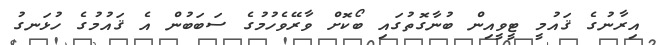
އިރާނުގެ ޤައުމީ ޓީވީއިން ބުނާގޮތުގައި ބޯކޮށް ވާރޭވެހުމުގެ ސަބަބުން އެ ޤައުމުގެ ހުޅަނގު